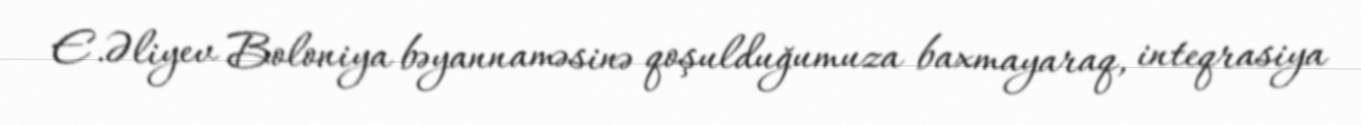
E.Əliyev Boloniya bəyannaməsinə qoşulduğumuza baxmayaraq, inteqrasiya